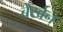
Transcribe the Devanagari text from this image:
बेर्खन्